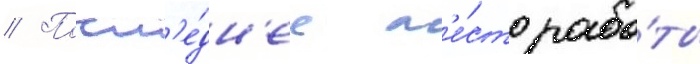
// Посл'е́дн'ее м'е́сто рабо́ты